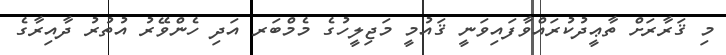
މި ޤަރާރަށް ތާޢީދުކުރައްވާފައިވަނީ ޤައުމީ މަޖިލީހުގެ މެމްބަރ އަދި ހެންވޭރު އުތުރު ދާއިރާގެ